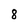
Character: 8